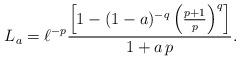
LaTeX: \begin{align*}L_a = \ell^{-p}\frac{\left[1-(1-a)^{-q}\left(\frac{p+1}{p}\right)^q\right]}{1+a\,p}.\end{align*}